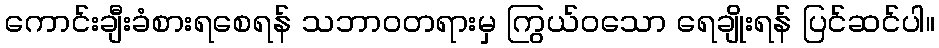
ကောင်းချီးခံစားရစေရန် သဘာဝတရားမှ ကြွယ်ဝသော ရေချိုးရန် ပြင်ဆင်ပါ။